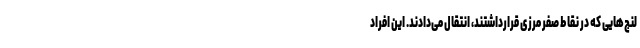
لنج‌هایی که در نقاط صفر مرزی قرارداشتند، انتقال می‌دادند. این افراد